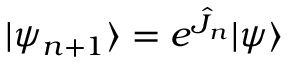
| \psi _ { n + 1 } \rangle = e ^ { \hat { J } _ { n } } | \psi \rangle